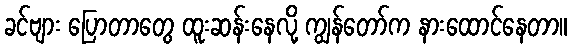
ခင်ဗျား ပြောတာတွေ ထူးဆန်းနေလို့ ကျွန်တော်က နားထောင်နေတာ။